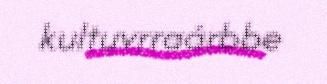
kultuvrraárbbe